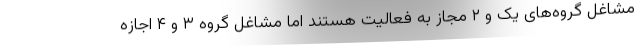
مشاغل گروه‌های یک و ۲ مجاز به فعالیت هستند اما مشاغل گروه ۳ و ۴ اجازه